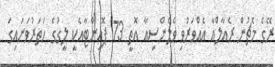
ރޭގެ މެޗުން ރެއާލްއާ އެއްވަރުވި ވެލެންސިއާ އޮތީ 73 ޕޮއިންޓާއެކީ ލީގުގެ ހަތަރުވަނައިގަ